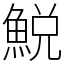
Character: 鮵